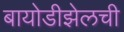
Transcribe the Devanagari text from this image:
बायोडीझेलची